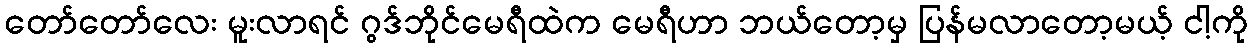
တော်တော်လေး မူးလာရင် ဂွဒ်ဘိုင်မေရီထဲက မေရီဟာ ဘယ်တော့မှ ပြန်မလာတော့မယ့် ငါ့ကို